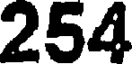
254